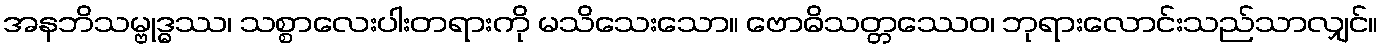
အနဘိသမ္ဗုဒ္ဓဿ၊ သစ္စာလေးပါးတရားကို မသိသေးသော။ ဗောဓိသတ္တဿေဝ၊ ဘုရားလောင်းသည်သာလျှင်။